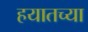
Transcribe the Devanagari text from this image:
हयातच्या